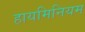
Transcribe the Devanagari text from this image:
हायमिनियम